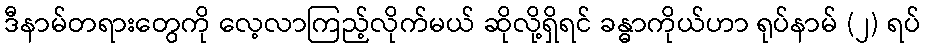
ဒီနာမ်တရားတွေကို လေ့လာကြည့်လိုက်မယ် ဆိုလို့ရှိရင် ခန္ဓာကိုယ်ဟာ ရုပ်နာမ် (၂) ရပ်